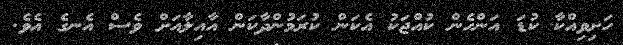
ހަށިވިއްކާ ކުޑަ އަންހެން ކުއްޖަކު އެކަން ކުރަމުންދާކަން އާއިލާއަށް ވެސް އެނގެ އެވެ.